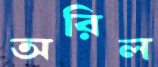
অরিল